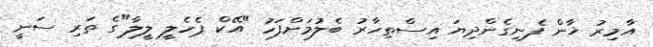
އާމިރު ޚާން ފެނިގެންދިޔަ އިސްތިހާރު ބެލުމަށްފަހު "އޭކް ޕެހެލީ ލީލާ"ގެ ތަރި ސަނީ